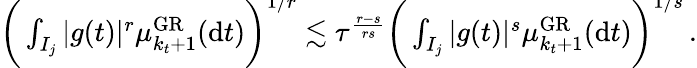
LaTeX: \begin{array}{r}{\bigg(\int_{I_{j}}|g(t)|^{r}\mu_{k_{t}+1}^{\mathrm{GR}}(\mathrm{d}t)\bigg)^{\smash{1/r}}\lesssim\tau^{\frac{r-s}{rs}}\bigg(\int_{I_{j}}|g(t)|^{s}\mu_{k_{t}+1}^{\mathrm{GR}}(\mathrm{d}t)\bigg)^{\smash{1/s}}\, .}\end{array}